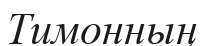
Тимонның